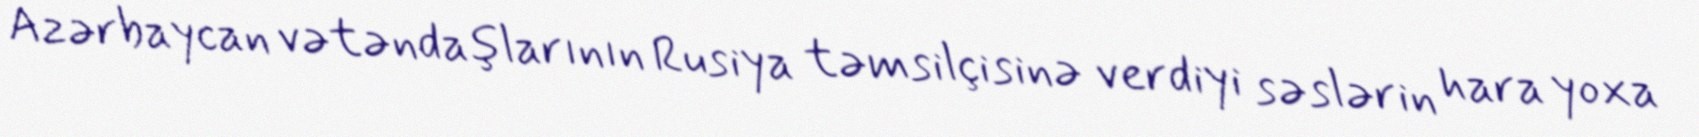
Azərbaycan vətəndaşlarının Rusiya təmsilçisinə verdiyi səslərin hara yoxa